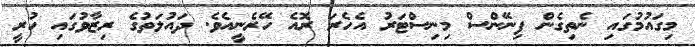
މިގައުމުގައި ނެތިގެން ފިނޭންސް މިނިސްޓަރު އެހެރަ ރޮއެ ހޭރެނީއެވެ. ދައުލަތުގެ ރިޒާވުގައި ހުރީ